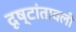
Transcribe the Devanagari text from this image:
दृष्टांतावली